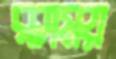
রসময়